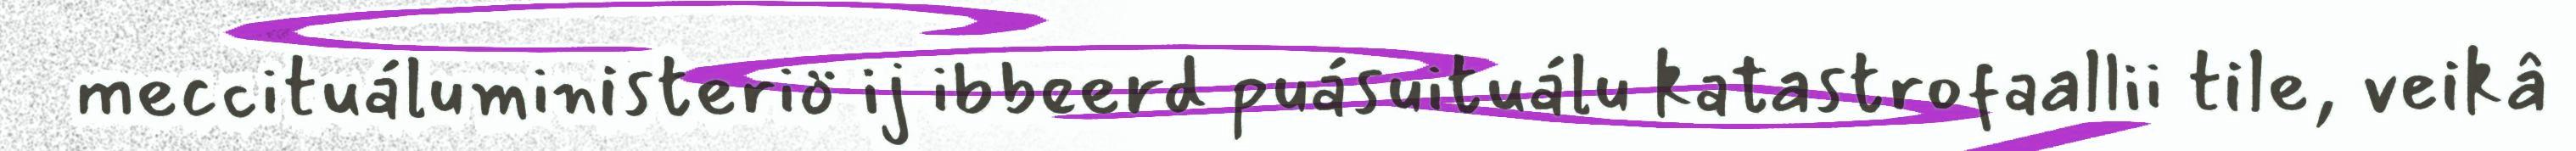
meccituáluministeriö ij ibbeerd puásuituálu katastrofaallii tile, veikâ